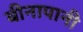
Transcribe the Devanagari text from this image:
बीनापानी